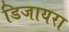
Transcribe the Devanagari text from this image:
डिजायरा